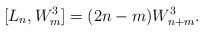
LaTeX: \begin{align*}[L_{n},W^{3}_{m}]=(2n-m)W^{3}_{n+m}.\end{align*}